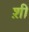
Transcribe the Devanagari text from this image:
श़ी